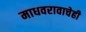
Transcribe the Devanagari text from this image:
माधवरावाचेही